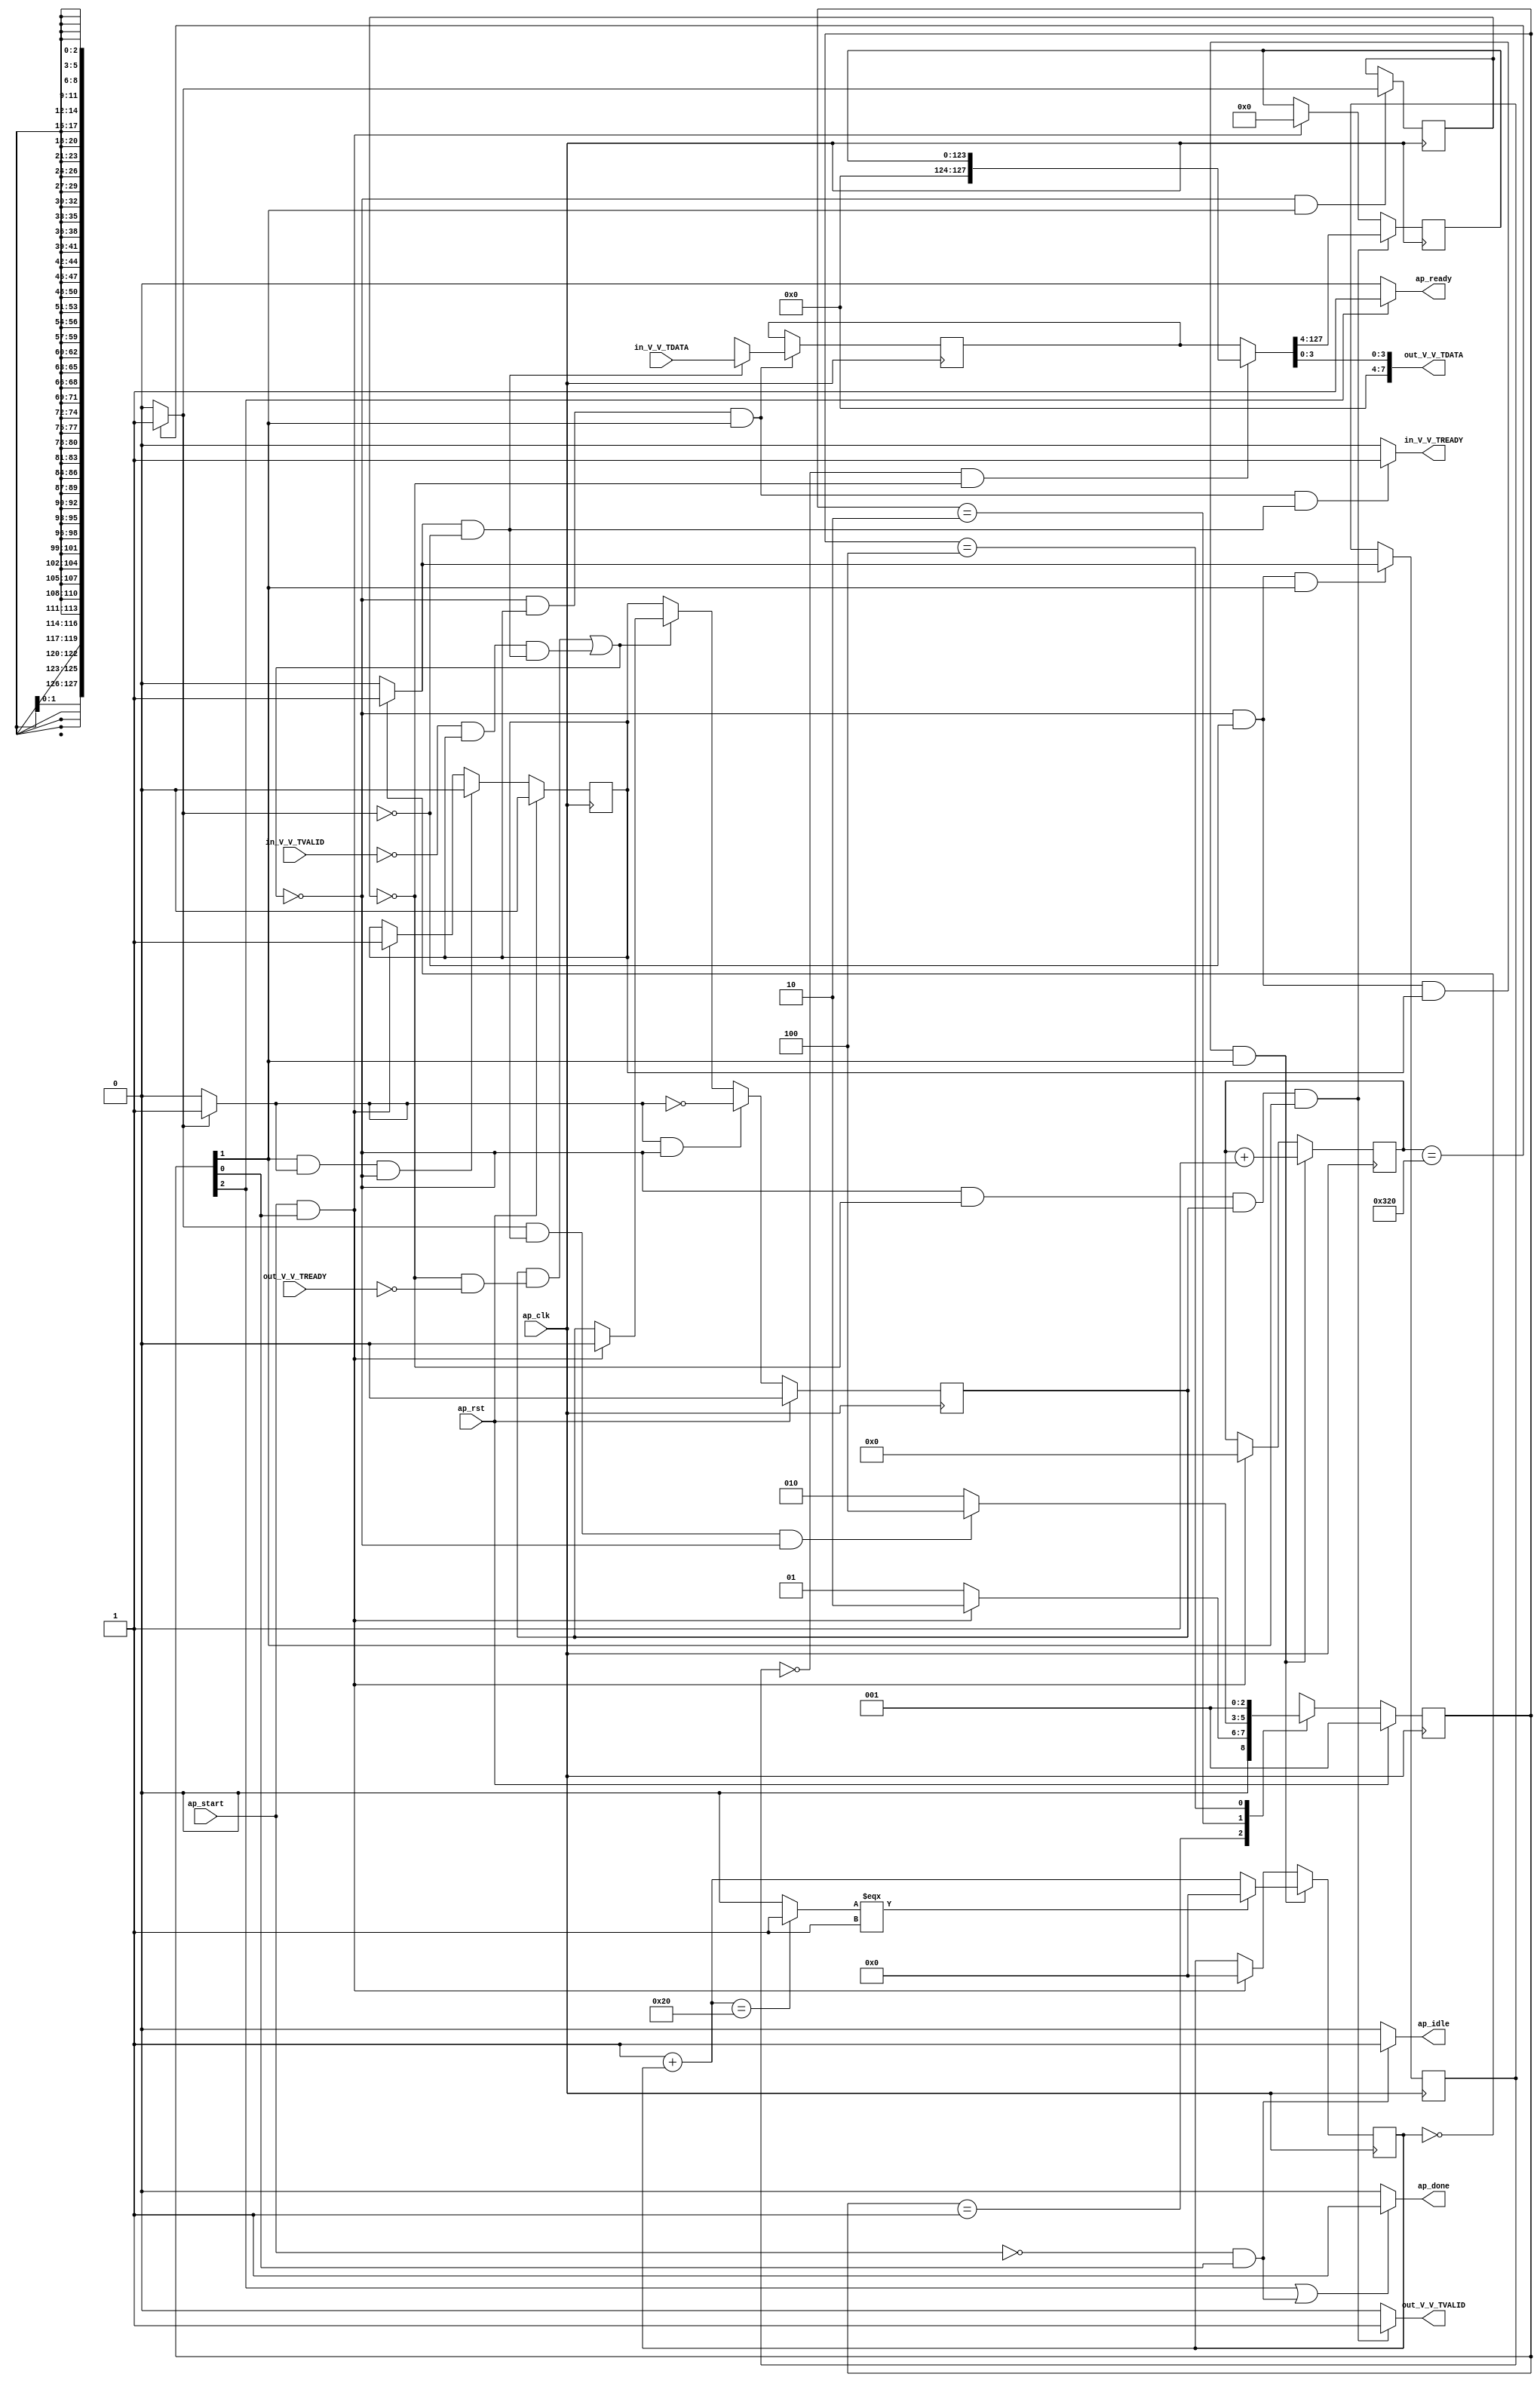
// ==============================================================
// RTL generated by Vivado(TM) HLS - High-Level Synthesis from C, C++ and OpenCL
// Version: 2020.1
// Copyright (C) 1986-2020 Xilinx, Inc. All Rights Reserved.
// 
// ===========================================================

`timescale 1 ns / 1 ps 

module StreamingDataWidthConverter_Batch_2_StreamingDataWidthCo_1 (
        ap_clk,
        ap_rst,
        ap_start,
        ap_done,
        ap_idle,
        ap_ready,
        in_V_V_TDATA,
        in_V_V_TVALID,
        in_V_V_TREADY,
        out_V_V_TDATA,
        out_V_V_TVALID,
        out_V_V_TREADY
);

parameter    ap_ST_fsm_state1 = 3'd1;
parameter    ap_ST_fsm_pp0_stage0 = 3'd2;
parameter    ap_ST_fsm_state4 = 3'd4;

input   ap_clk;
input   ap_rst;
input   ap_start;
output   ap_done;
output   ap_idle;
output   ap_ready;
input  [127:0] in_V_V_TDATA;
input   in_V_V_TVALID;
output   in_V_V_TREADY;
output  [7:0] out_V_V_TDATA;
output   out_V_V_TVALID;
input   out_V_V_TREADY;

reg ap_done;
reg ap_idle;
reg ap_ready;
reg in_V_V_TREADY;
reg out_V_V_TVALID;

(* fsm_encoding = "none" *) reg   [2:0] ap_CS_fsm;
wire    ap_CS_fsm_state1;
reg    in_V_V_TDATA_blk_n;
wire    ap_CS_fsm_pp0_stage0;
reg    ap_enable_reg_pp0_iter0;
wire    ap_block_pp0_stage0;
wire   [0:0] icmp_ln476_fu_104_p2;
wire   [0:0] icmp_ln479_fu_116_p2;
reg    out_V_V_TDATA_blk_n;
reg    ap_enable_reg_pp0_iter1;
reg   [0:0] icmp_ln476_reg_166;
reg   [123:0] p_025_0_reg_61;
reg   [31:0] o_0_reg_73;
reg   [9:0] t_0_reg_84;
reg    ap_predicate_op16_read_state2;
reg    ap_block_state2_pp0_stage0_iter0;
wire    ap_block_state3_pp0_stage0_iter1;
reg    ap_block_state3_io;
reg    ap_block_pp0_stage0_11001;
wire   [9:0] t_fu_110_p2;
reg   [0:0] icmp_ln479_reg_175;
wire   [31:0] select_ln490_fu_134_p3;
reg    ap_block_pp0_stage0_subdone;
reg    ap_condition_pp0_exit_iter0_state2;
reg   [127:0] ap_phi_mux_p_Val2_s_phi_fu_98_p4;
wire   [127:0] ap_phi_reg_pp0_iter0_p_Val2_s_reg_95;
reg   [127:0] ap_phi_reg_pp0_iter1_p_Val2_s_reg_95;
wire   [127:0] zext_ln476_fu_142_p1;
reg    ap_block_pp0_stage0_01001;
wire   [31:0] o_fu_122_p2;
wire   [0:0] icmp_ln490_fu_128_p2;
wire   [3:0] eo_V_fu_147_p1;
wire    ap_CS_fsm_state4;
reg   [2:0] ap_NS_fsm;
reg    ap_idle_pp0;
wire    ap_enable_pp0;
reg    ap_condition_86;

// power-on initialization
initial begin
#0 ap_CS_fsm = 3'd1;
#0 ap_enable_reg_pp0_iter0 = 1'b0;
#0 ap_enable_reg_pp0_iter1 = 1'b0;
end

always @ (posedge ap_clk) begin
    if (ap_rst == 1'b1) begin
        ap_CS_fsm <= ap_ST_fsm_state1;
    end else begin
        ap_CS_fsm <= ap_NS_fsm;
    end
end

always @ (posedge ap_clk) begin
    if (ap_rst == 1'b1) begin
        ap_enable_reg_pp0_iter0 <= 1'b0;
    end else begin
        if (((1'b1 == ap_CS_fsm_pp0_stage0) & (1'b1 == ap_condition_pp0_exit_iter0_state2) & (1'b0 == ap_block_pp0_stage0_subdone))) begin
            ap_enable_reg_pp0_iter0 <= 1'b0;
        end else if (((ap_start == 1'b1) & (1'b1 == ap_CS_fsm_state1))) begin
            ap_enable_reg_pp0_iter0 <= 1'b1;
        end
    end
end

always @ (posedge ap_clk) begin
    if (ap_rst == 1'b1) begin
        ap_enable_reg_pp0_iter1 <= 1'b0;
    end else begin
        if (((1'b1 == ap_condition_pp0_exit_iter0_state2) & (1'b0 == ap_block_pp0_stage0_subdone))) begin
            ap_enable_reg_pp0_iter1 <= (1'b1 ^ ap_condition_pp0_exit_iter0_state2);
        end else if ((1'b0 == ap_block_pp0_stage0_subdone)) begin
            ap_enable_reg_pp0_iter1 <= ap_enable_reg_pp0_iter0;
        end else if (((ap_start == 1'b1) & (1'b1 == ap_CS_fsm_state1))) begin
            ap_enable_reg_pp0_iter1 <= 1'b0;
        end
    end
end

always @ (posedge ap_clk) begin
    if ((1'b1 == ap_condition_86)) begin
        if (((icmp_ln479_fu_116_p2 == 1'd1) & (icmp_ln476_fu_104_p2 == 1'd0))) begin
            ap_phi_reg_pp0_iter1_p_Val2_s_reg_95 <= in_V_V_TDATA;
        end else if ((1'b1 == 1'b1)) begin
            ap_phi_reg_pp0_iter1_p_Val2_s_reg_95 <= ap_phi_reg_pp0_iter0_p_Val2_s_reg_95;
        end
    end
end

always @ (posedge ap_clk) begin
    if (((1'b0 == ap_block_pp0_stage0_11001) & (icmp_ln476_fu_104_p2 == 1'd0) & (ap_enable_reg_pp0_iter0 == 1'b1) & (1'b1 == ap_CS_fsm_pp0_stage0))) begin
        o_0_reg_73 <= select_ln490_fu_134_p3;
    end else if (((ap_start == 1'b1) & (1'b1 == ap_CS_fsm_state1))) begin
        o_0_reg_73 <= 32'd0;
    end
end

always @ (posedge ap_clk) begin
    if (((1'b0 == ap_block_pp0_stage0_11001) & (icmp_ln476_reg_166 == 1'd0) & (ap_enable_reg_pp0_iter1 == 1'b1) & (1'b1 == ap_CS_fsm_pp0_stage0))) begin
        p_025_0_reg_61 <= {{ap_phi_mux_p_Val2_s_phi_fu_98_p4[127:4]}};
    end else if (((ap_start == 1'b1) & (1'b1 == ap_CS_fsm_state1))) begin
        p_025_0_reg_61 <= 124'd0;
    end
end

always @ (posedge ap_clk) begin
    if (((1'b0 == ap_block_pp0_stage0_11001) & (icmp_ln476_fu_104_p2 == 1'd0) & (ap_enable_reg_pp0_iter0 == 1'b1) & (1'b1 == ap_CS_fsm_pp0_stage0))) begin
        t_0_reg_84 <= t_fu_110_p2;
    end else if (((ap_start == 1'b1) & (1'b1 == ap_CS_fsm_state1))) begin
        t_0_reg_84 <= 10'd0;
    end
end

always @ (posedge ap_clk) begin
    if (((1'b0 == ap_block_pp0_stage0_11001) & (1'b1 == ap_CS_fsm_pp0_stage0))) begin
        icmp_ln476_reg_166 <= icmp_ln476_fu_104_p2;
    end
end

always @ (posedge ap_clk) begin
    if (((1'b0 == ap_block_pp0_stage0_11001) & (icmp_ln476_fu_104_p2 == 1'd0) & (1'b1 == ap_CS_fsm_pp0_stage0))) begin
        icmp_ln479_reg_175 <= icmp_ln479_fu_116_p2;
    end
end

always @ (*) begin
    if ((icmp_ln476_fu_104_p2 == 1'd1)) begin
        ap_condition_pp0_exit_iter0_state2 = 1'b1;
    end else begin
        ap_condition_pp0_exit_iter0_state2 = 1'b0;
    end
end

always @ (*) begin
    if (((1'b1 == ap_CS_fsm_state4) | ((ap_start == 1'b0) & (1'b1 == ap_CS_fsm_state1)))) begin
        ap_done = 1'b1;
    end else begin
        ap_done = 1'b0;
    end
end

always @ (*) begin
    if (((ap_start == 1'b0) & (1'b1 == ap_CS_fsm_state1))) begin
        ap_idle = 1'b1;
    end else begin
        ap_idle = 1'b0;
    end
end

always @ (*) begin
    if (((ap_enable_reg_pp0_iter1 == 1'b0) & (ap_enable_reg_pp0_iter0 == 1'b0))) begin
        ap_idle_pp0 = 1'b1;
    end else begin
        ap_idle_pp0 = 1'b0;
    end
end

always @ (*) begin
    if (((icmp_ln479_reg_175 == 1'd0) & (icmp_ln476_reg_166 == 1'd0))) begin
        ap_phi_mux_p_Val2_s_phi_fu_98_p4 = zext_ln476_fu_142_p1;
    end else begin
        ap_phi_mux_p_Val2_s_phi_fu_98_p4 = ap_phi_reg_pp0_iter1_p_Val2_s_reg_95;
    end
end

always @ (*) begin
    if ((1'b1 == ap_CS_fsm_state4)) begin
        ap_ready = 1'b1;
    end else begin
        ap_ready = 1'b0;
    end
end

always @ (*) begin
    if (((icmp_ln479_fu_116_p2 == 1'd1) & (icmp_ln476_fu_104_p2 == 1'd0) & (1'b0 == ap_block_pp0_stage0) & (ap_enable_reg_pp0_iter0 == 1'b1) & (1'b1 == ap_CS_fsm_pp0_stage0))) begin
        in_V_V_TDATA_blk_n = in_V_V_TVALID;
    end else begin
        in_V_V_TDATA_blk_n = 1'b1;
    end
end

always @ (*) begin
    if (((1'b0 == ap_block_pp0_stage0_11001) & (ap_enable_reg_pp0_iter0 == 1'b1) & (1'b1 == ap_CS_fsm_pp0_stage0) & (ap_predicate_op16_read_state2 == 1'b1))) begin
        in_V_V_TREADY = 1'b1;
    end else begin
        in_V_V_TREADY = 1'b0;
    end
end

always @ (*) begin
    if (((icmp_ln476_reg_166 == 1'd0) & (1'b0 == ap_block_pp0_stage0) & (ap_enable_reg_pp0_iter1 == 1'b1) & (1'b1 == ap_CS_fsm_pp0_stage0))) begin
        out_V_V_TDATA_blk_n = out_V_V_TREADY;
    end else begin
        out_V_V_TDATA_blk_n = 1'b1;
    end
end

always @ (*) begin
    if (((1'b0 == ap_block_pp0_stage0_11001) & (icmp_ln476_reg_166 == 1'd0) & (ap_enable_reg_pp0_iter1 == 1'b1) & (1'b1 == ap_CS_fsm_pp0_stage0))) begin
        out_V_V_TVALID = 1'b1;
    end else begin
        out_V_V_TVALID = 1'b0;
    end
end

always @ (*) begin
    case (ap_CS_fsm)
        ap_ST_fsm_state1 : begin
            if (((ap_start == 1'b1) & (1'b1 == ap_CS_fsm_state1))) begin
                ap_NS_fsm = ap_ST_fsm_pp0_stage0;
            end else begin
                ap_NS_fsm = ap_ST_fsm_state1;
            end
        end
        ap_ST_fsm_pp0_stage0 : begin
            if (~((icmp_ln476_fu_104_p2 == 1'd1) & (ap_enable_reg_pp0_iter0 == 1'b1) & (1'b0 == ap_block_pp0_stage0_subdone))) begin
                ap_NS_fsm = ap_ST_fsm_pp0_stage0;
            end else if (((icmp_ln476_fu_104_p2 == 1'd1) & (ap_enable_reg_pp0_iter0 == 1'b1) & (1'b0 == ap_block_pp0_stage0_subdone))) begin
                ap_NS_fsm = ap_ST_fsm_state4;
            end else begin
                ap_NS_fsm = ap_ST_fsm_pp0_stage0;
            end
        end
        ap_ST_fsm_state4 : begin
            ap_NS_fsm = ap_ST_fsm_state1;
        end
        default : begin
            ap_NS_fsm = 'bx;
        end
    endcase
end

assign ap_CS_fsm_pp0_stage0 = ap_CS_fsm[32'd1];

assign ap_CS_fsm_state1 = ap_CS_fsm[32'd0];

assign ap_CS_fsm_state4 = ap_CS_fsm[32'd2];

assign ap_block_pp0_stage0 = ~(1'b1 == 1'b1);

always @ (*) begin
    ap_block_pp0_stage0_01001 = ((in_V_V_TVALID == 1'b0) & (ap_enable_reg_pp0_iter0 == 1'b1) & (ap_predicate_op16_read_state2 == 1'b1));
end

always @ (*) begin
    ap_block_pp0_stage0_11001 = (((ap_enable_reg_pp0_iter1 == 1'b1) & (1'b1 == ap_block_state3_io)) | ((in_V_V_TVALID == 1'b0) & (ap_enable_reg_pp0_iter0 == 1'b1) & (ap_predicate_op16_read_state2 == 1'b1)));
end

always @ (*) begin
    ap_block_pp0_stage0_subdone = (((ap_enable_reg_pp0_iter1 == 1'b1) & (1'b1 == ap_block_state3_io)) | ((in_V_V_TVALID == 1'b0) & (ap_enable_reg_pp0_iter0 == 1'b1) & (ap_predicate_op16_read_state2 == 1'b1)));
end

always @ (*) begin
    ap_block_state2_pp0_stage0_iter0 = ((in_V_V_TVALID == 1'b0) & (ap_predicate_op16_read_state2 == 1'b1));
end

always @ (*) begin
    ap_block_state3_io = ((icmp_ln476_reg_166 == 1'd0) & (out_V_V_TREADY == 1'b0));
end

assign ap_block_state3_pp0_stage0_iter1 = ~(1'b1 == 1'b1);

always @ (*) begin
    ap_condition_86 = ((1'b0 == ap_block_pp0_stage0_11001) & (ap_enable_reg_pp0_iter0 == 1'b1) & (1'b1 == ap_CS_fsm_pp0_stage0));
end

assign ap_enable_pp0 = (ap_idle_pp0 ^ 1'b1);

assign ap_phi_reg_pp0_iter0_p_Val2_s_reg_95 = 'bx;

always @ (*) begin
    ap_predicate_op16_read_state2 = ((icmp_ln479_fu_116_p2 == 1'd1) & (icmp_ln476_fu_104_p2 == 1'd0));
end

assign eo_V_fu_147_p1 = ap_phi_mux_p_Val2_s_phi_fu_98_p4[3:0];

assign icmp_ln476_fu_104_p2 = ((t_0_reg_84 == 10'd800) ? 1'b1 : 1'b0);

assign icmp_ln479_fu_116_p2 = ((o_0_reg_73 == 32'd0) ? 1'b1 : 1'b0);

assign icmp_ln490_fu_128_p2 = ((o_fu_122_p2 == 32'd32) ? 1'b1 : 1'b0);

assign o_fu_122_p2 = (32'd1 + o_0_reg_73);

assign out_V_V_TDATA = eo_V_fu_147_p1;

assign select_ln490_fu_134_p3 = ((icmp_ln490_fu_128_p2[0:0] === 1'b1) ? 32'd0 : o_fu_122_p2);

assign t_fu_110_p2 = (t_0_reg_84 + 10'd1);

assign zext_ln476_fu_142_p1 = p_025_0_reg_61;

endmodule //StreamingDataWidthConverter_Batch_2_StreamingDataWidthCo_1